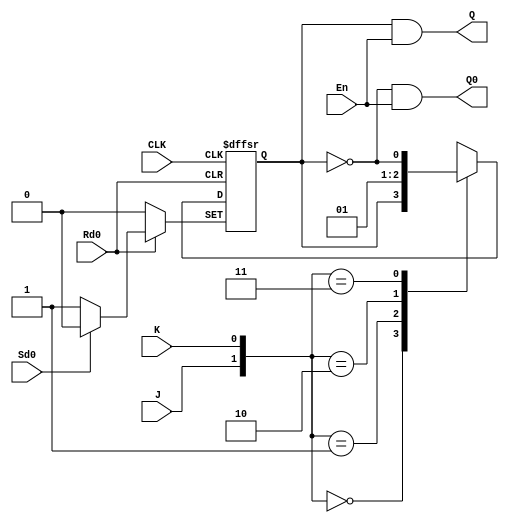
module JK_Trigger_3_4(input En,CLK,J,K,Rd0,Sd0,output Q,Q0);

reg temp_Q=0;

always @(negedge Rd0 or negedge Sd0 or negedge CLK) begin
	if(~Rd0)  temp_Q=0;
	else if(~Sd0) temp_Q=1;
	else begin
		case({J,K})
			2'b00:	temp_Q<=temp_Q;
			2'b01:	temp_Q<=0;
			2'b10:	temp_Q<=1;
			2'b11:	temp_Q<=~temp_Q;
		endcase
	end
end

assign Q=temp_Q&En;
assign Q0=~temp_Q&En;
endmodule